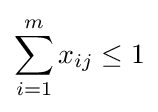
\sum _{i=1}^{m}x_{ij}\leq 1